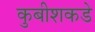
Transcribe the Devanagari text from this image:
कुबीशकडे